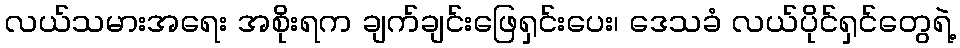
လယ်သမားအရေး အစိုးရက ချက်ချင်းဖြေရှင်းပေး၊ ဒေသခံ လယ်ပိုင်ရှင်တွေရဲ့